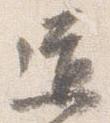
道